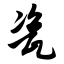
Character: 瓷